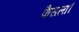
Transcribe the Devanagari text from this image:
फैसला।